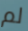
لم